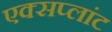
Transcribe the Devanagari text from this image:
एक्सप्लांट